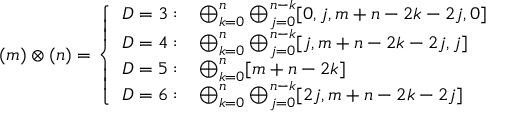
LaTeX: ( m ) \otimes ( n ) = \left\{ \begin{array} { l l } { { D = 3 : } } & { { \bigoplus _ { k = 0 } ^ { n } \bigoplus _ { j = 0 } ^ { n - k } [ 0 , j , m + n - 2 k - 2 j , 0 ] } } \\ { { D = 4 : } } & { { \bigoplus _ { k = 0 } ^ { n } \bigoplus _ { j = 0 } ^ { n - k } [ j , m + n - 2 k - 2 j , j ] } } \\ { { D = 5 : } } & { { \bigoplus _ { k = 0 } ^ { n } [ m + n - 2 k ] } } \\ { { D = 6 : } } & { { \bigoplus _ { k = 0 } ^ { n } \bigoplus _ { j = 0 } ^ { n - k } [ 2 j , m + n - 2 k - 2 j ] } } \end{array} \right.